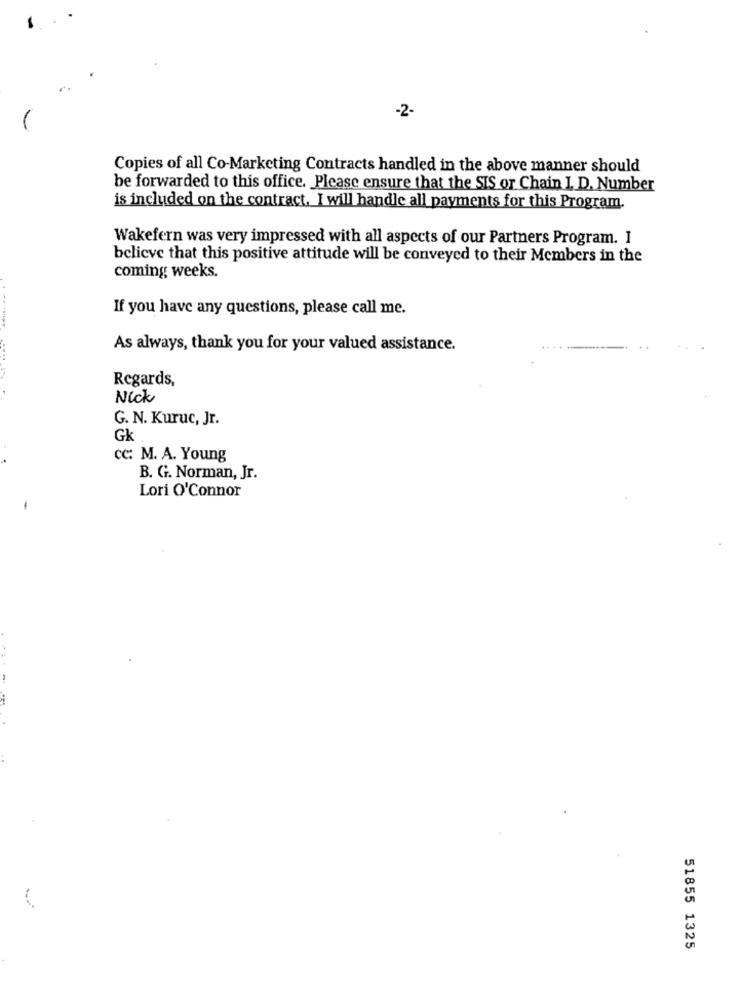
-2-
Copies of all Co-Marketing Contracts handled in the above manner should
be forwarded to this office. Please ensure that the SIS or Chain I. D. Number
is included on the contract. I will handle all payments for this Program.
Wakefern was very impressed with all aspects of our Partners Program. I
believe that this positive attitude will be conveyed to their Members in the
coming weeks.
If you have any questions, please call me.
As always, thank you for your valued assistance.
Regards,
Nick
G. N. Kuruc, Jr.
Gk
cc: M. A. Young
B. G. Norman, Jr.
Lori O'Connor
-
51855 1325